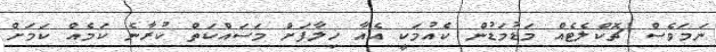
ނަމަވެސް ޗޮކްލެޓެއް މަޑުމަޑުން ކެއުމަކީ އެއާ ޚިލާފަށް މަސައްކަތް ކުރާނެ ކަމެއް ކަމަށް